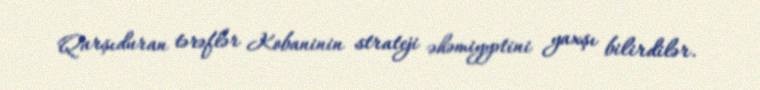
Qarşıduran tərəflər Kobaninin strateji əhəmiyyətini yaxşı bilirdilər.